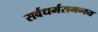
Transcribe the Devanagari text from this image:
सर्वधर्मसमन्वय